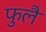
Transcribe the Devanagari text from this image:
फुलै